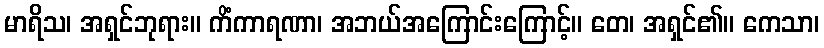
မာရိသ၊ အရှင်ဘုရား။ ကိံကာရဏာ၊ အဘယ်အကြောင်းကြောင့်။ တေ၊ အရှင်၏။ ကေသာ၊